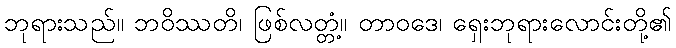
ဘုရားသည်။ ဘဝိဿတိ၊ ဖြစ်လတ္တံ့။ တာဝဒေ၊ ရှေးဘုရားလောင်းတို့၏